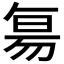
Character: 𬀷